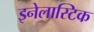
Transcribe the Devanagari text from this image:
इनेलास्टिक